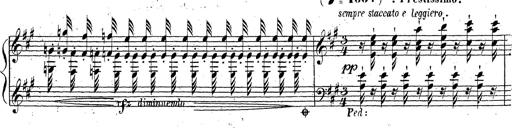
Title: Grande fantaisie sur la tyrolienne de l'opÃ©ra
Composer: Franz Liszt
Key: A major